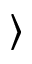
\rangle